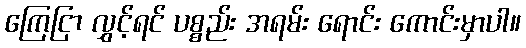
ကြေငြာ လွှင့်ရင် ပစ္စည်း အရမ်း ရောင်း ကောင်းမှာပါ။